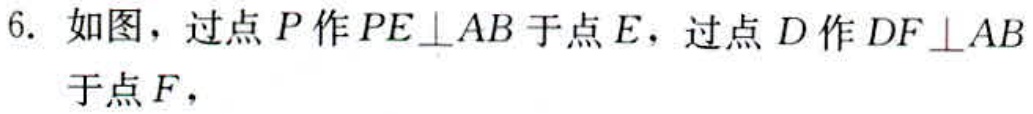
6. 如图，过点\(P\)作\(PE\perp AB\)于点\(E\)，过点\(D\)作\(DF\perp AB\)于点\(F\)，